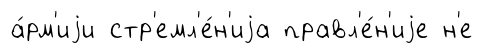
а́рм'иjи стр'емл'е́н'иjа правл'е́н'иjе н'е